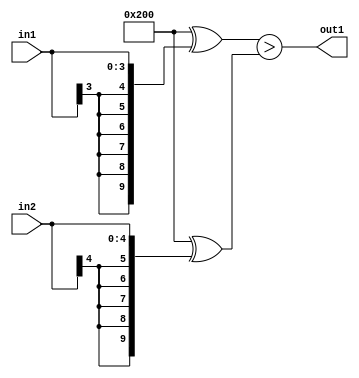
`timescale 1ps / 1ps
/*****************************************************************************
    Verilog RTL Description
    
    
    Created by: Stratus DpOpt 2019.1.01 
*******************************************************************************/

module dut_LessThan_5Sx4S_1U_4 (
	in2,
	in1,
	out1
	); /* architecture "behavioural" */ 
input [4:0] in2;
input [3:0] in1;
output  out1;
wire  asc001;

assign asc001 = ((10'B1000000000 ^ {{6{in1[3]}}, in1})>(10'B1000000000 ^ {{5{in2[4]}}, in2}));

assign out1 = asc001;
endmodule

/* CADENCE  ubb3SQ8= : u9/ySgnWtBlWxVPRXgAZ4Og= ** DO NOT EDIT THIS LINE ******/